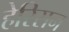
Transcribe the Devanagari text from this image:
हेरिसन